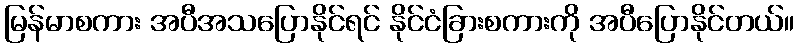
မြန်မာစကား အပီအသပြောနိုင်ရင် နိုင်ငံခြားစကားကို အပီပြောနိုင်တယ်။